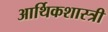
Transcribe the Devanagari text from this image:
आर्थिकशास्त्री